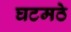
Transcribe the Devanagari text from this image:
घटमठे